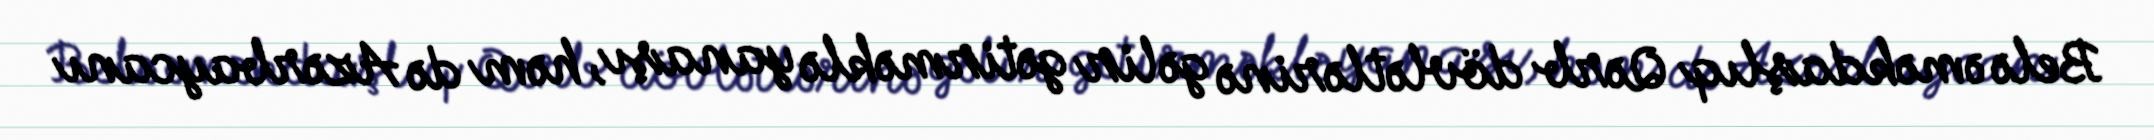
Belə əməkdaşlıq Qərb dövlətlərinə gəlir gətirməklə yanaşı, həm də Azərbaycanı